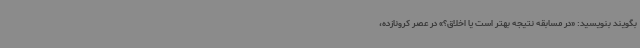
بگویند بنویسید: «در مسابقه نتیجه بهتر است یا اخلاق؟» در عصر کرونازده،